Leaving Certificate Examination, 1914
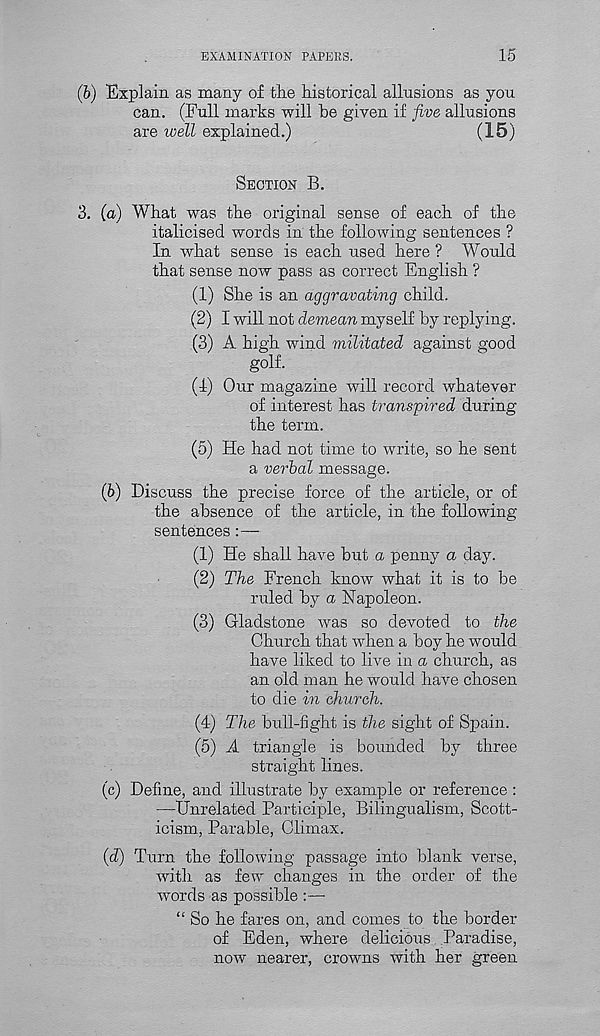
EXAMINATION PAPERS.
15
(&) Explain as many of the historical allusions as you
can. (Full marks will be given if five allusions
are well explained.)
(15)
SECTION B.
3. (a) What was the original sense of each of the
italicised words in the following sentences ?
In what sense is each used here ? Would
that sense now pass as correct English ?
(1) She is an aggravating child.
(2) I will not demean myself by replying.
(3) A high wind militated against good
golf.
(1) Our magazine will record whatever
of interest has transpired during
the term.
(5) He had not time to write, so he sent
a verbal message.
(6) Discuss the precise force of the article, or of
the absence of the article, in the following
sentences:—
(1) He shall have but a penny a day.
(2) The French know what it is to be
ruled by a Napoleon.
(3) Gladstone was so devoted to the
Church that when a boy he would
have liked to live in a church, as
an old man he would have chosen
to die in church.
(4) The bull-fight is the sight of Spain.
(5) A triangle is bounded by three
straight lines.
(c) Define, and illustrate by example or reference :
—Unrelated Participle, Bilingualism, Scott-
icism, Parable, Climax.
(d) Turn the following passage into blank verse,
with as few- changes in the order of the
words as possible :—
“ So he fares on, and comes to the border
of Eden, where delicious. Paradise,
now nearer, crowns with her green